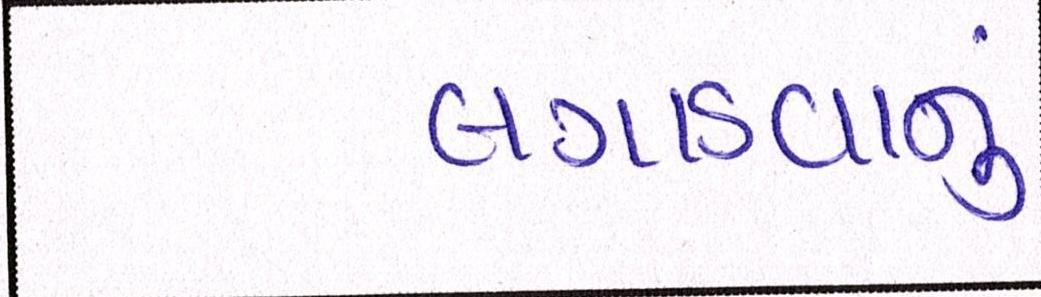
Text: લગાડવાનું